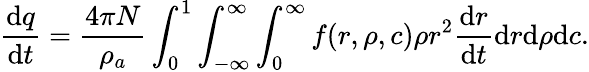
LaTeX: \frac{\mathrm{d}q}{\mathrm{d}t}=\frac{4\pi N}{\rho_{a}}\int_{0}^{1}\int_{-\infty}^{\infty}\int_{0}^{\infty}f(r,\rho,c)\rho r^{2}\frac{\mathrm{d}r}{\mathrm{d}t}\mathrm{d}r\mathrm{d}\rho\mathrm{d}c.